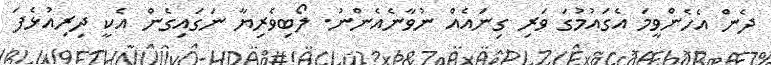
ދެން އެހެންވީމަ އެގަައުމުގަ ވަރި ގިނައެއް ނުވާނެއެންނު. ލޯބިވެރިޔާ ނަގައިގެން އެކީ ދިރިއުޅެފަ